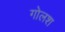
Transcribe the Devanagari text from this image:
गोलश